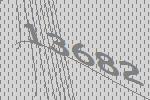
13682